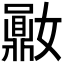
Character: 𪔈